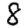
Digit: 8